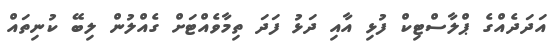
އަދަދެއްގެ ޕްލާސްޓިކް ފުޅި އާއި ދަޅު ފަދަ ތިމާވެއްޓަށް ގެއްލުން ލިބޭ ކުނިތައް